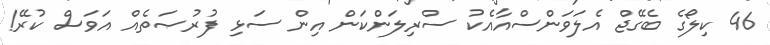
46 ކިލޯގެ ބެގޭޖް އެލަވަންސްއާއެކު ސްރިލަންކަން އިން ސަޅި ފުރުޞަތެއް އަވަސް ކުރޭ!